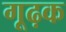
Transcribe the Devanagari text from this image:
गूढ़क